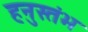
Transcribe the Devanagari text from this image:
हनुस्तंभ